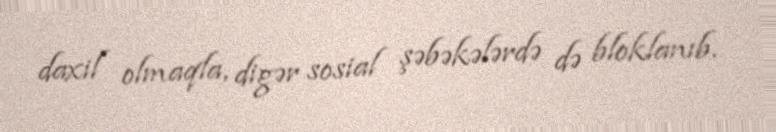
daxil olmaqla, digər sosial şəbəkələrdə də bloklanıb.